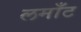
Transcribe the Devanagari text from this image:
लमाँट